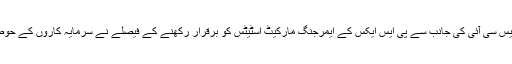
اسی طرح ایم ایس سی آئی کی جانب سے پی ایس ایکس کے ایمرجنگ مارکیٹ اسٹیٹس کو برقرار رکھنے کے فیصلے نے سرمایہ کاروں کے حوصلے بلند کیے۔